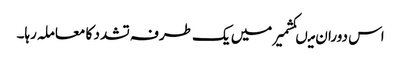
اس دوران میںکشمیر میں یک طرفہ تشدد کا معاملہ رہا۔